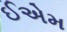
ઈએમ